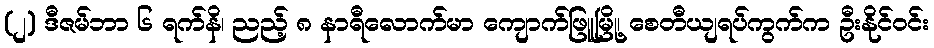
(၂) ဒီဇမ်ဘာ ၆ ရက်နိ၊ ညည့် ၈ နာရီလောက်မာ ကျောက်ဖြူမြို့၊ စေတီယျရပ်ကွက်က ဦးနိုင်ဝင်း